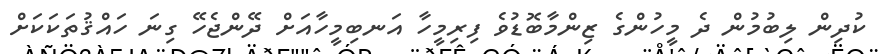
ކުދިން ލިބުމުން ދެ މީހުންގެ ޒިންމާބޮޑުވެ ފިރިމީހާ އަނބިމީހާއަށް ދޭންޖެހޭ ގިނަ ހައްޤުތަކަކަށް